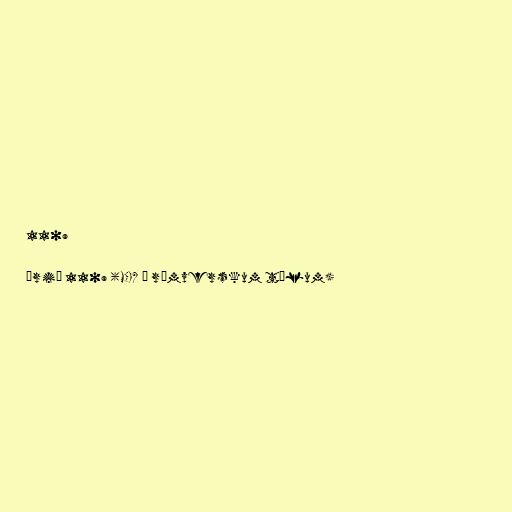
1109

Árið 1109 (MCIX í rómverskum tölum)